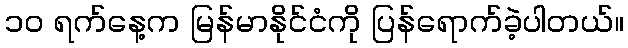
၁ဝ ရက်နေ့က မြန်မာနိုင်ငံကို ပြန်ရောက်ခဲ့ပါတယ်။